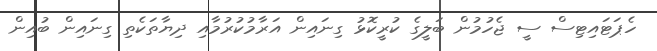
ހެޕަޓައިޓިސް ސީ ޖެހުމުން ބަލީގެ ކުރީކޮޅު ގިނައިން އަރާމުކުރުމާއި ދިޔާތަކެތި ގިނައިން ބުއިން